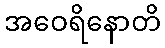
အဝေရိနောတိ